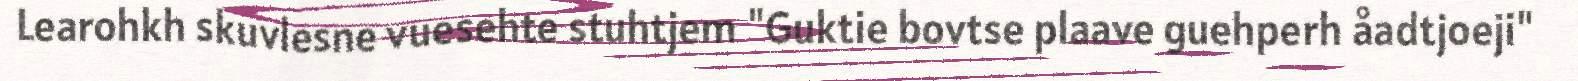
Learohkh skuvlesne vuesehte stuhtjem "Guktie bovtse plaave guehperh åadtjoeji"